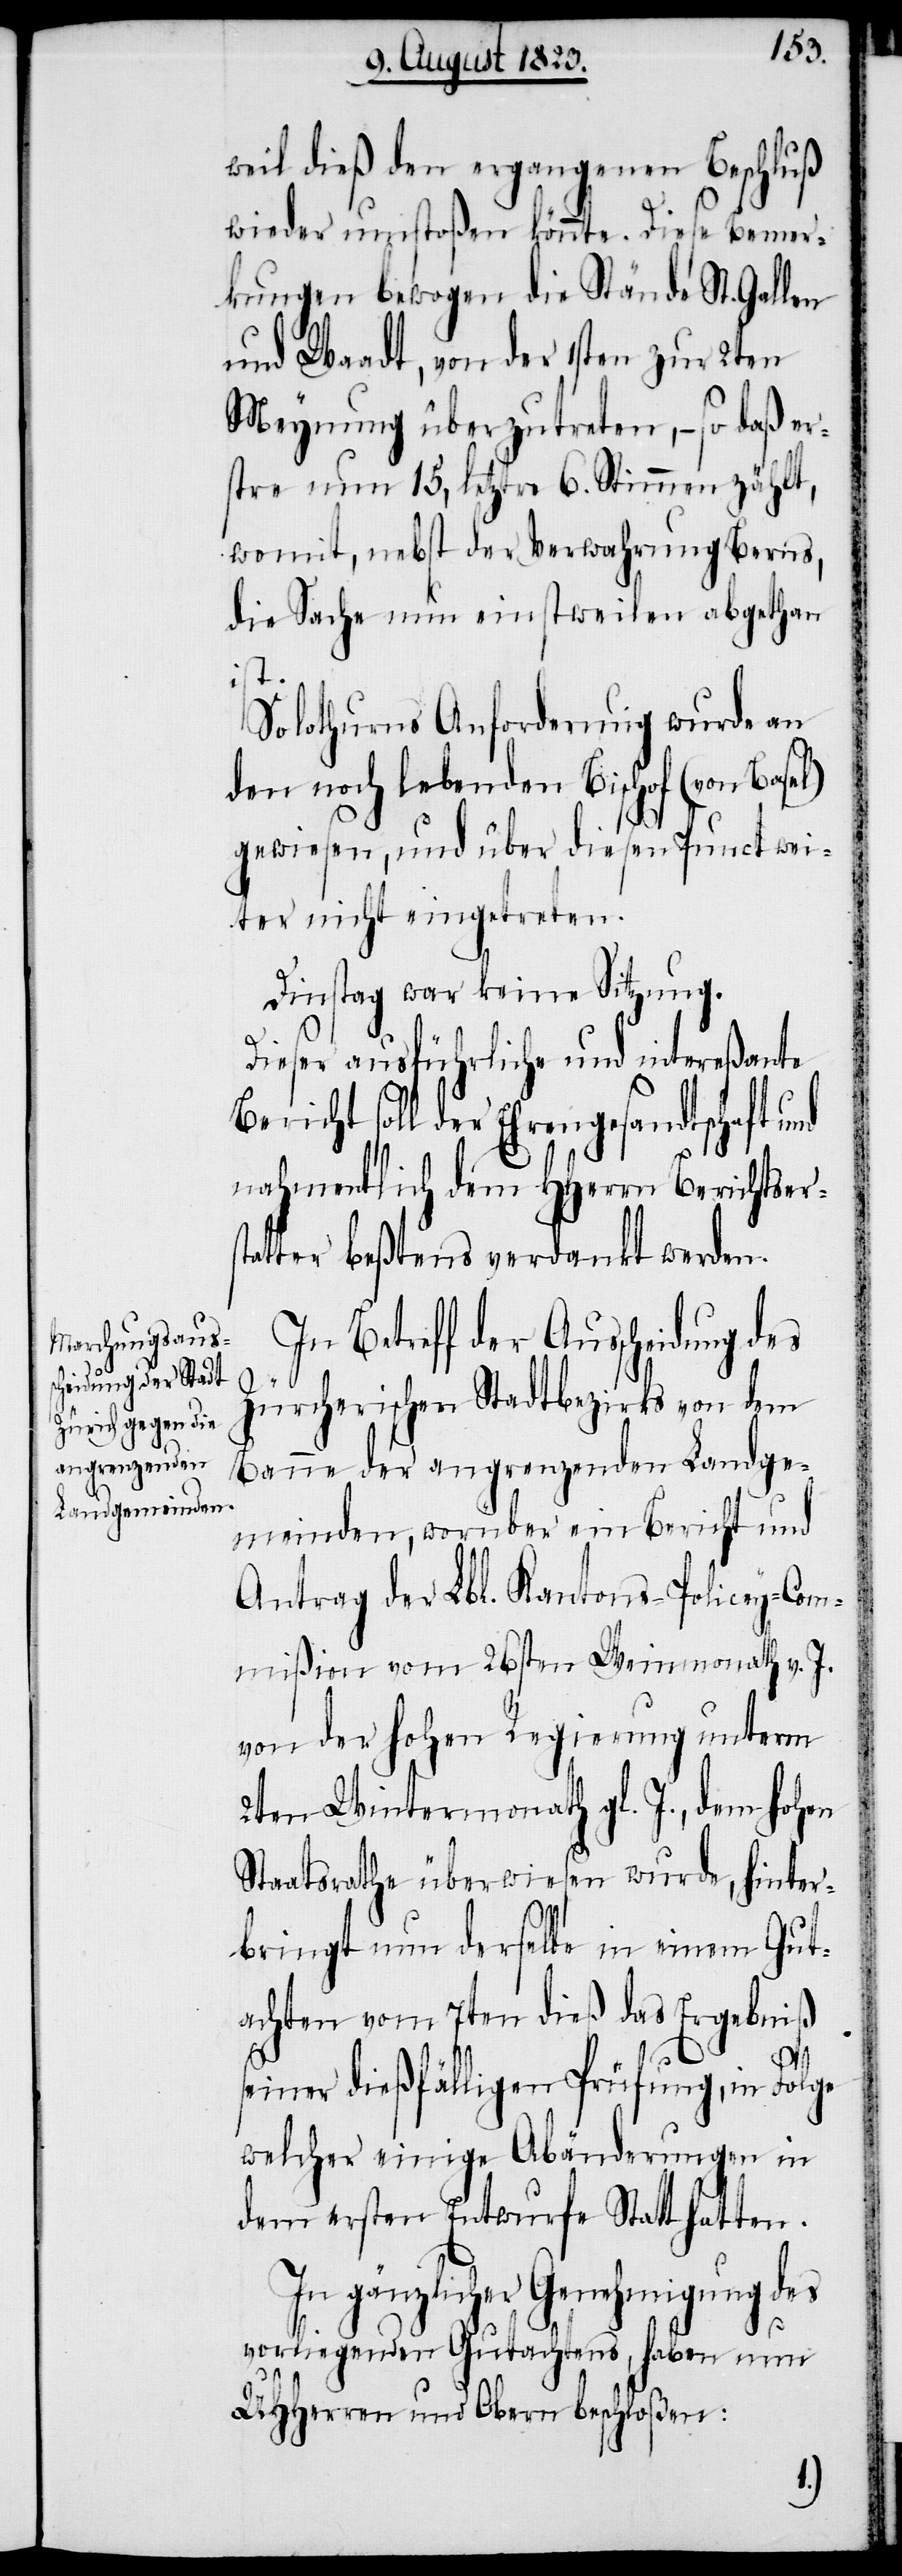
nd
weil dieß den ergangenen Beschluß
wieder umstoßen könnte. Diese Bemer¬
kungen bewogen die Stände St. Gallen
und Waadt, von der 1sten zur 2ten
Meynung überzutreten, − so daß er¬
stre nun 15, letztre 6. Stimmen zählt,
womit, nebst der Verwahrung Berns,
die Sache nun einstweilen abgethan
ist.
Solothurns Anforderung wurde an
den noch lebenden Bischof (von Basel)
gewiesen, und über diesen Punct wei¬
ter nicht eingetreten.
Dinstag war keine Sitzung.
Dieser ausführliche und intereßante
Bericht soll der Ehrengesandtschaft u¬
nahmentlich dem HHerrn Berichtser¬
atter beßtens verdankt werden.
In Betreff der Ausscheidung des
Zürcherischen Stadtbezirks von dem
Banne der angrenzenden Landge¬
meinden, worüber ein Bericht und
Antrag der Lbl. Kantons-Policey-Com¬
mißion vom 26sten Weinmonath v. J.
von der hohen Regierung unterm
2ten Wintermonath gl. J., dem hohen
Staatsrathe überwiesen wurde, hinter¬
bringt nun derselbe in einem Gut¬
achten vom 7ten dieß das Ergebniß
st¬
seiner dießfälligen Prüfung, in Folge
welcher einige Abänderungen in
dem ersten Entwurfe Statt hatten.
In gänzlicher Genehmigung des
vorliegenden Gutachtens, haben nun
UHHerren und Obern beschloßen: